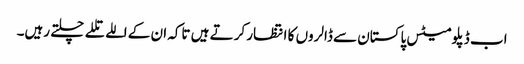
اب ڈپلومیٹس پاکستان سے ڈالروں کا انتظار کرتے ہیں تاکہ ان کے اللے تللے چلتے رہیں۔